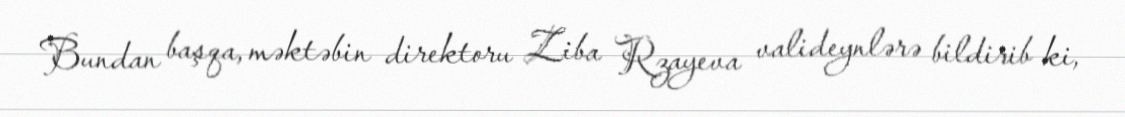
Bundan başqa, məktəbin direktoru Ziba Rzayeva valideynlərə bildirib ki,